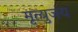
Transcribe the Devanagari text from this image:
मृत्युजंय